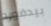
بيدفورد